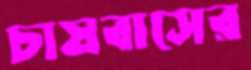
চাষবাসের